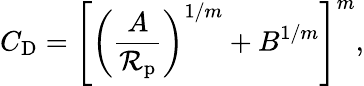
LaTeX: C_{\mathrm{D}}=\left[\left(\frac{A}{\mathcal{R}_{\mathrm{p}}}\right)^{1/m}+B^{1/m}\right]^{m},